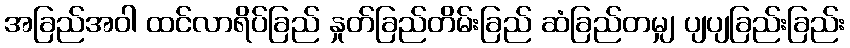
အခြည်အဝါ ထင်လာရိပ်ခြည် နှုတ်ခြည်တိမ်းခြည် ဆံခြည်တမျှ ပျပျခြည်းခြည်း